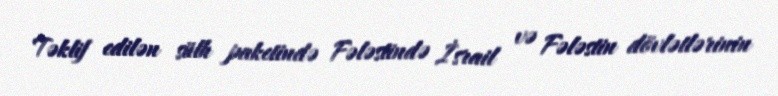
Təklif edilən sülh paketində Fələstində İsrail və Fələstin dövlətlərinin